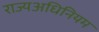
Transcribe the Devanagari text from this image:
राज्यअधिनियम